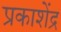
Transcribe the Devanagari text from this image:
प्रकाशेंद्र